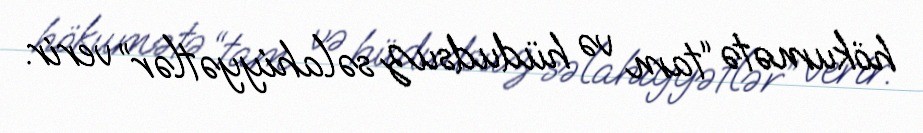
hökumətə “tam və hüdudsuz səlahiyyətlər” verir.